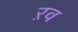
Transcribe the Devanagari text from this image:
ऱव